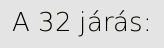
A 32 járás: